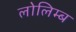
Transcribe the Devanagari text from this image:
लोलिम्ब